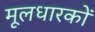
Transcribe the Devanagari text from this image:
मूलधारकों